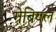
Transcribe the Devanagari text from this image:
ग्रेब्रियल